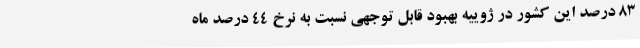
83 درصد این کشور در ژوییه بهبود قابل توجهی نسبت به نرخ 44 درصد ماه